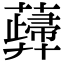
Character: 𧁻